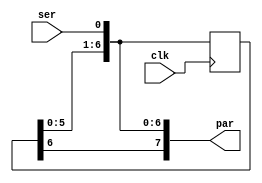
module ser_to_par #(parameter W=8)
	(input clk , input ser,
	output[W-1:0] par);	
	reg[W-2:0] par_reg = 0;
	always @(posedge clk) begin
		par_reg <= {par_reg[W-3:0], ser};
	end	
	assign par = {par_reg, ser};
endmodule